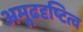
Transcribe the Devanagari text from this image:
अमूढदृष्टित्व